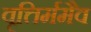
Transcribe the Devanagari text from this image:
वृत्तिर्ममैव